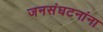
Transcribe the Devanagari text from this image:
जनसंघटनांना